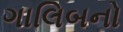
ગાલિબનો